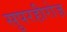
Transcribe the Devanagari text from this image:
सुपरहीरोज़